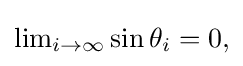
{\textstyle \lim _{i\to \infty }\sin \theta _{i}=0,}